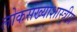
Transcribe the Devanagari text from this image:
लोकसंख्याशास्त्रीय